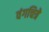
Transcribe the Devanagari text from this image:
वंगचित्रे